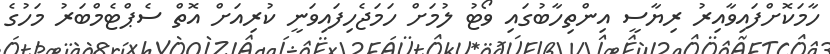
ހާމަކޮށްފައިވާއިރު ރިޔާސީ އިންތިހާބުގައި ވޯޓު ލުމަށް ހަމަޖެހިފައިވަނީ ކުރިއަށް އޮތް ސެޕްޓެމްބަރު މަހުގެ